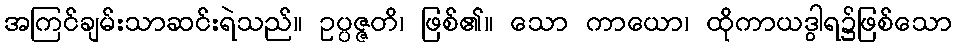
အကြင်ချမ်းသာဆင်းရဲသည်။ ဥပ္ပဇ္ဇတိ၊ ဖြစ်၏။ သော ကာယော၊ ထိုကာယဒွါရ၌ဖြစ်သော